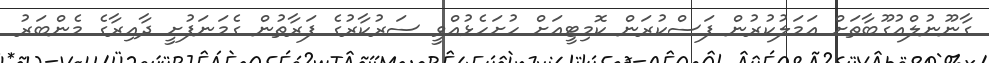
ގާނޫނުލްއުގޫބާތަށް އަމަލުކުރުން ފަސްކުރަން ކޮމިޓީއަށް ހުށަހެޅުއްވީ ސަރުކާރުގެ ފަރާތުން ގެމަނަފުށީ ދާއިރާގެ މެންބަރު